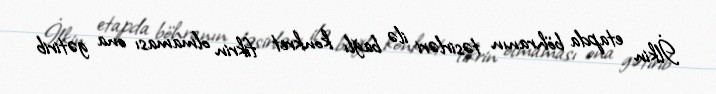
İlkin etapda böhranın təsirləri ilə bağlı konkret fikrin olmaması ona gətirib